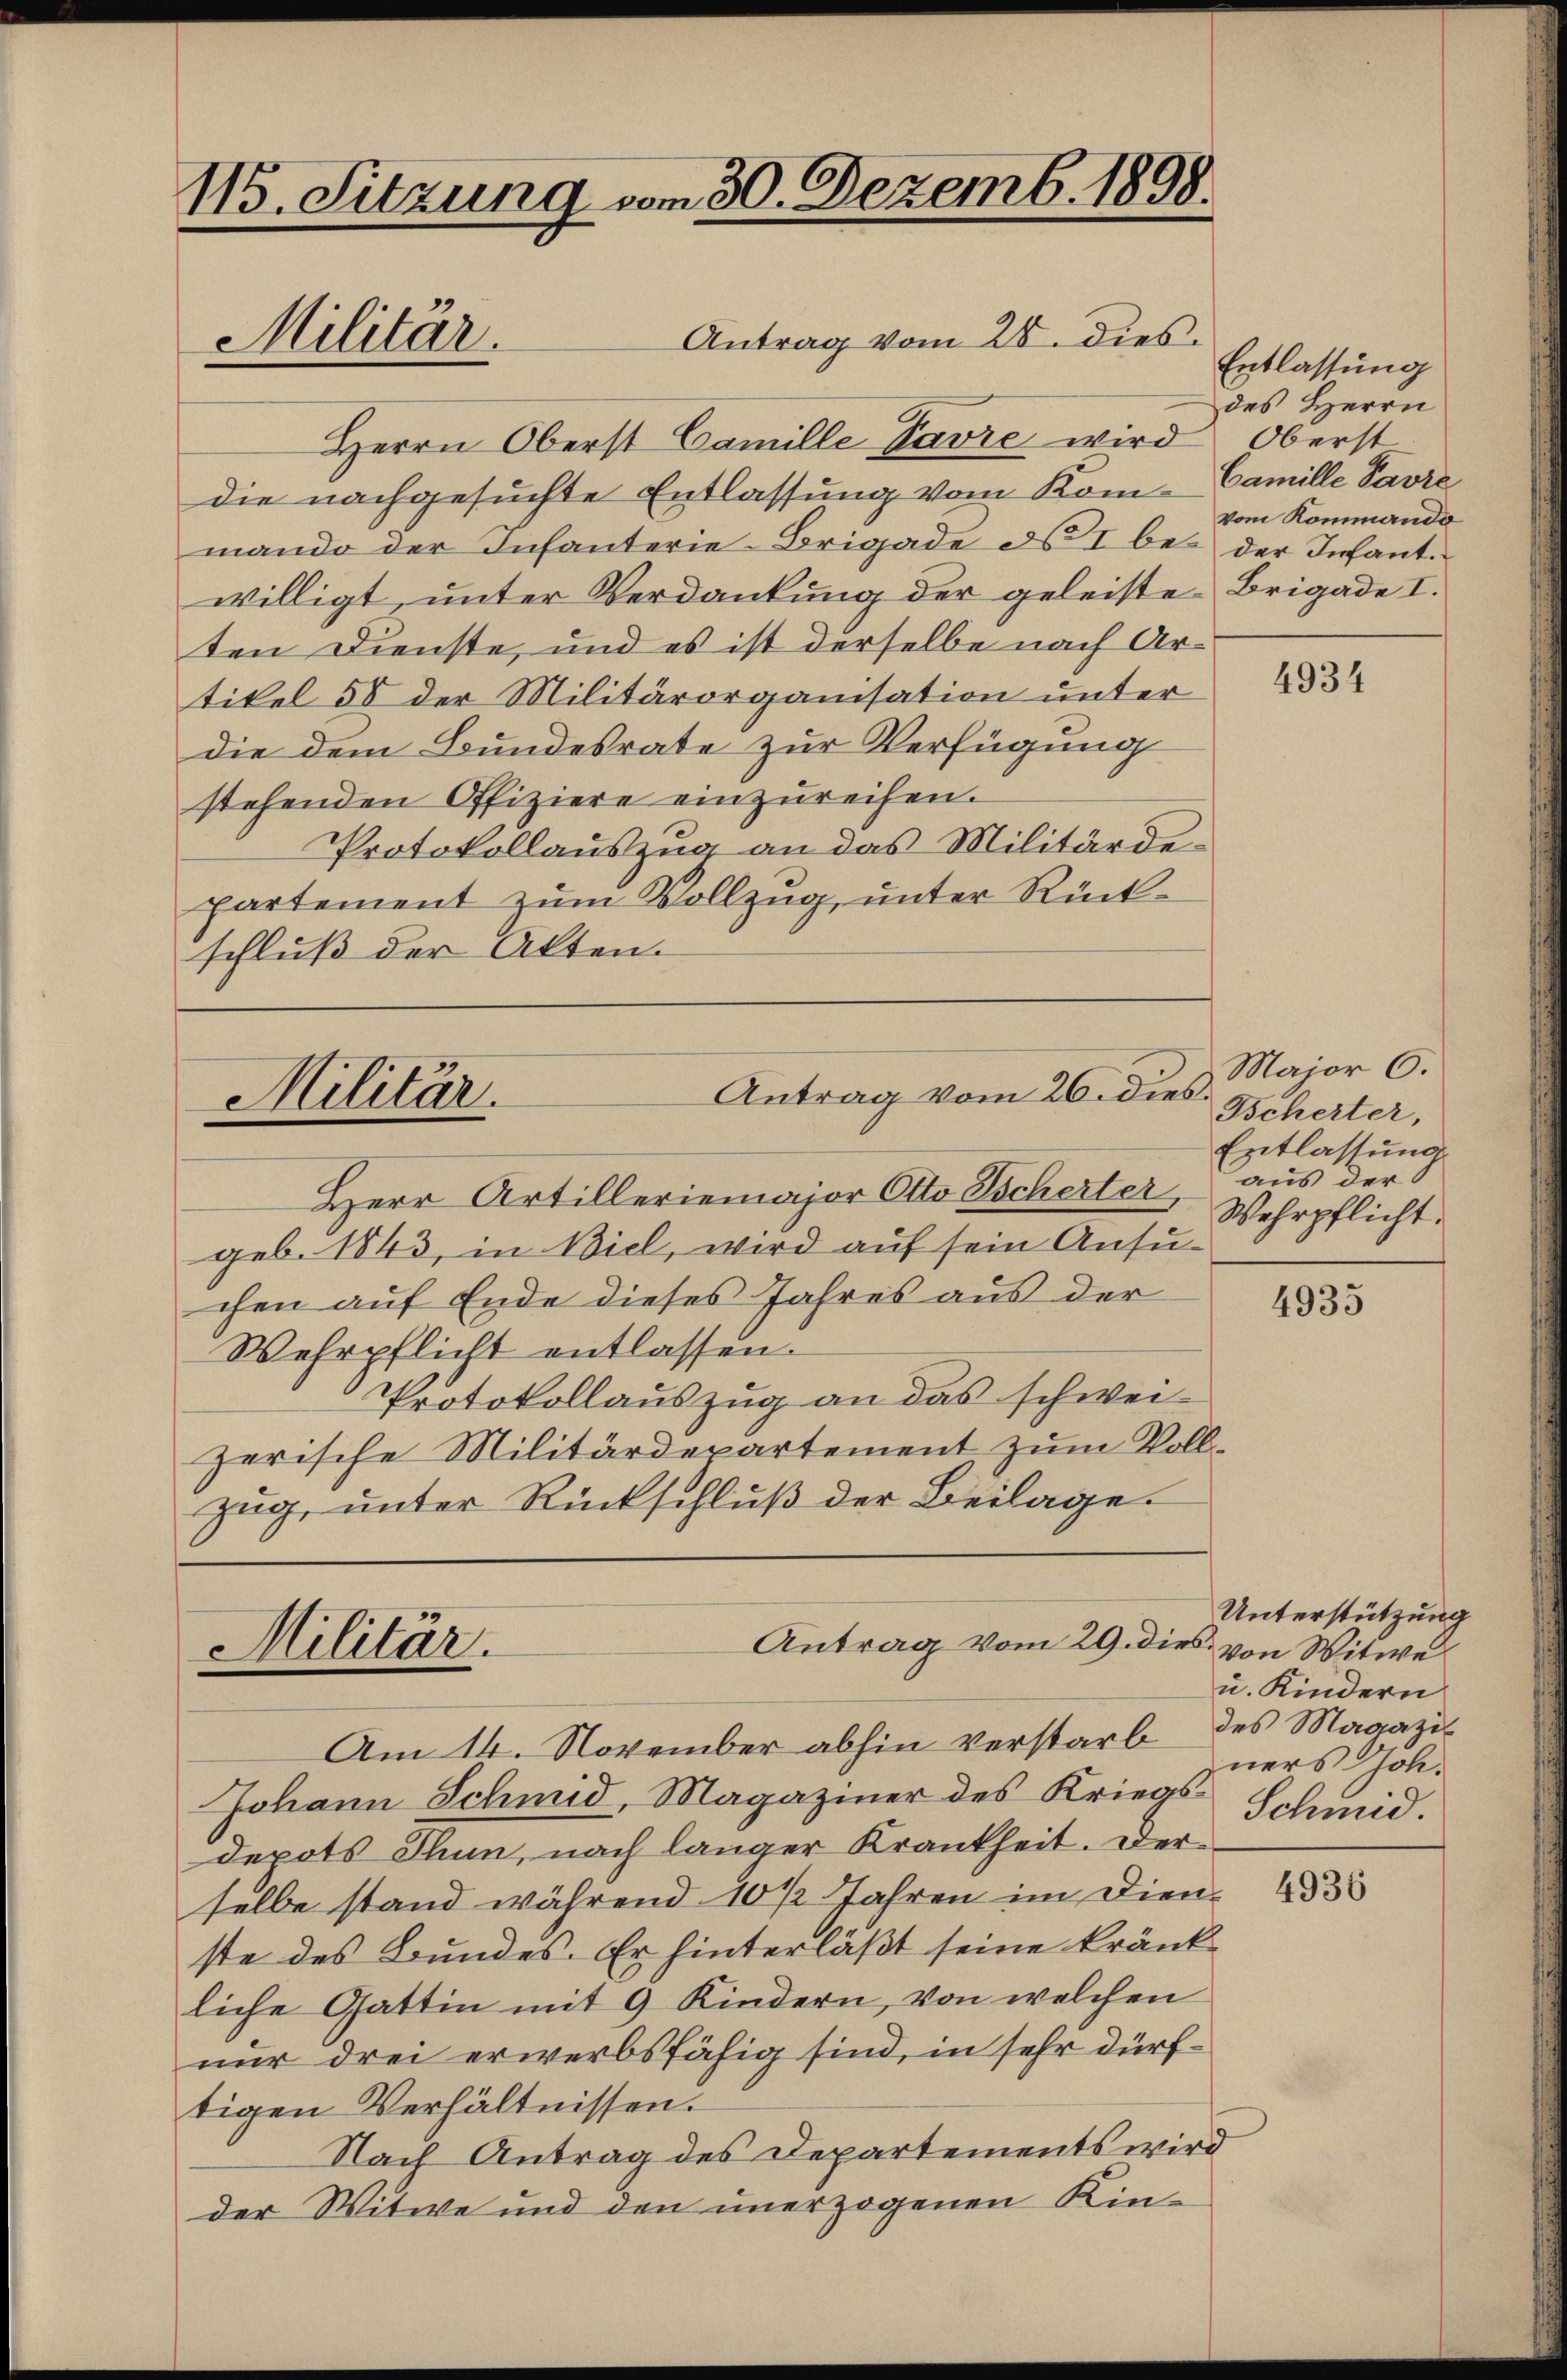
115. Sitzung vom 30. Dezemb. 1898.
Antrag vom 28. dies
Militär.

Herrn Oberst Camille Pavre wird
die nachgesuchte Entlassung vom Kom-Camille Pavre
mando der Infanterie-Brigade ds I bei der Infant.
willigt, unter Verdankung der geleiste Brigade I.
ten Dienste, und es ist derselbe nach Artikel 58 der Militärorganisation unter
die dem Bundesrate zur Verfügung
stehenden Offiziere einzŭreifen.
Protokollauszug an das Militärdepartement zum Vollzug, unter Rückschluß der Akten.

Antrag vom 26. dies
Militär.

Herr Artilleriemajor Otto Tscherter, Wehrpflicht.
geb. 1843, in Biel, wird auf sein Ansuchen auf Ende dieses Jahres aus der
Wehrpflicht entlassen.
Protokollauszug an das schweizerische Militärdepartement zum Vollzug, unter Rückschluß der Beilage.

Antrag vom 29. dies von Witwe
Militär.

Entlassung
des Herrn
Oberst
vom Kommando

Am 14. November abhin verstarb des Magazi¬
Johann Schmid, Magaziner des Kriegs Schmid.
depots Thun, nach langer Krankheit. Derselbe stand während 10 1/2 Jahren im Dienste des Bundes. Er hinterläßt seine kränkliche Gattin mit 9 Kindern, von welchen
nur drei erwerbsfähig sind, in sehr dürftigen Verhältnissen.
Nach Antrag des Departements wird
der Witwe und den unerzogenen Kin¬

4934

Major 6.
Tscherter,
Entlassung
aus der

4935

Unterstützung
u. Kindern
ners Joh.

4936